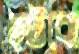
হটবো